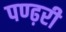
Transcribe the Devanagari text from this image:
पण्ढ़री